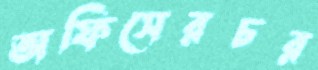
অফিসেরচর